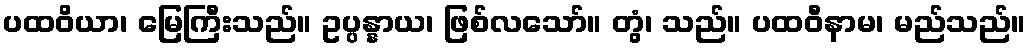
ပထဝိယာ၊ မြေကြီးသည်။ ဥပ္ပန္နာယ၊ ဖြစ်လသော်။ တွံ၊ သည်။ ပထဝီနာမ၊ မည်သည်။